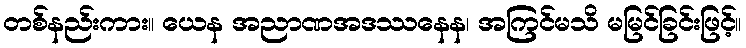
တစ်နည်းကား။ ယေန အညာဏအဒဿနေန၊ အကြင်မသိ မမြင်ခြင်းဖြင့်။